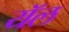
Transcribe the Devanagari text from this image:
यॅल